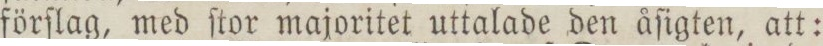
förſlag, med ſtor majoritet uttalade den åſigten, att: